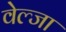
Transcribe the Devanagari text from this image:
वेल्जा